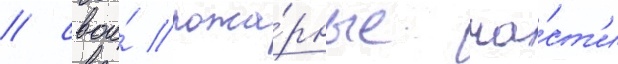
/ свои́ пожа́рные ча́ст'и